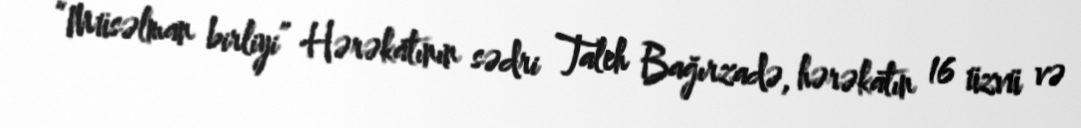
“Müsəlman birliyi” Hərəkatının sədri Taleh Bağırzadə, hərəkatın 16 üzvü və